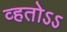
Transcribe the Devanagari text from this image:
व्हतोऽऽ